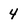
Character: 4